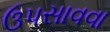
ઉપસાવવા